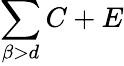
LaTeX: \sum\limits_{\beta>d}C+E